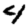
Digit: 4